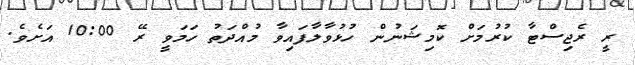
ރީ ރެޖިސްޓާ ކުރުމަށް ކޮމިޝަނުން ހުޅުވާލާފައިވާ މުއްދަތު ހަމަވީ ރޭ 10:00 އަށެވެ.